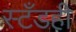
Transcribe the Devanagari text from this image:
स्टँडही